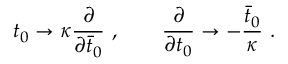
t _ { 0 } \rightarrow \kappa { \frac { \partial } { \partial { \bar { t } } _ { 0 } } } \ , \qquad { \frac { \partial } { \partial t _ { 0 } } } \rightarrow - { \frac { \bar { t } _ { 0 } } { \kappa } } \ .